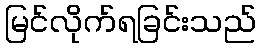
မြင်လိုက်ရခြင်းသည်